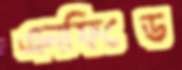
এনফিল্ডে